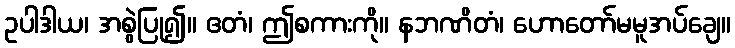
ဥပါဒါယ၊ အစွဲပြု၍။ ဧတံ၊ ဤစကားကို။ နဘဏိတံ၊ ဟောတော်မမူအပ်ချေ။